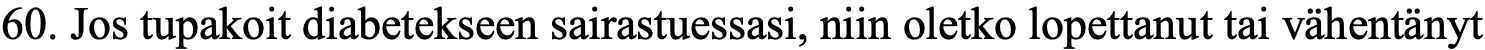
60. Jos tupakoit diabetekseen sairastuessasi, niin oletko lopettanut tai vähentänyt